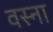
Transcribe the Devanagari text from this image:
वस्ना